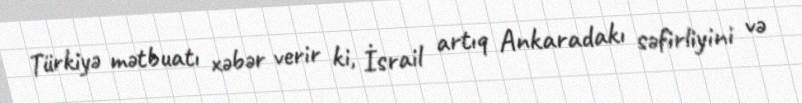
Türkiyə mətbuatı xəbər verir ki, İsrail artıq Ankaradakı səfirliyini və